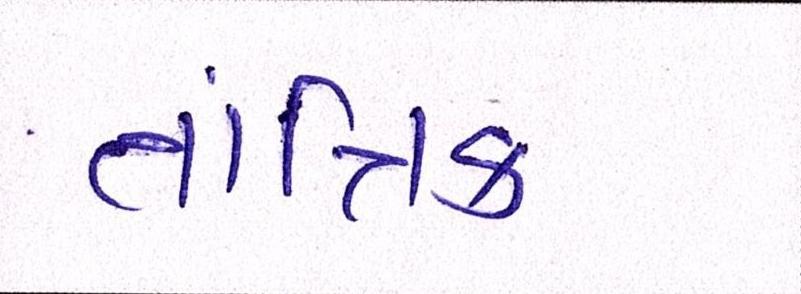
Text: તાંત્રિક